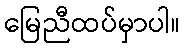
မြေညီထပ်မှာပါ။